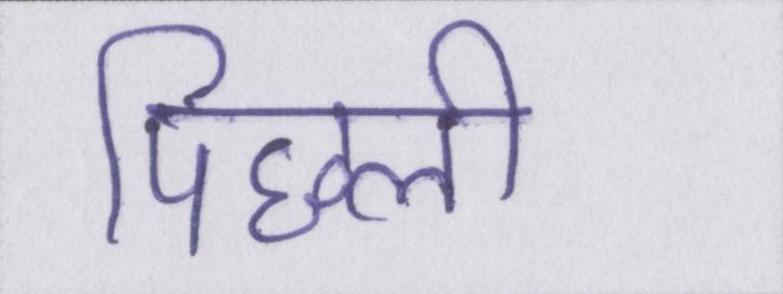
पिछली